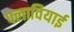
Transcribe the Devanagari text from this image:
फ्लावियाई